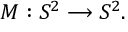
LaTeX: { \cal { M } } : { \cal { S } } ^ { 2 } \longrightarrow { \cal S } ^ { 2 } .